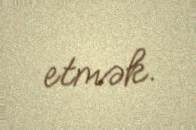
etmək.